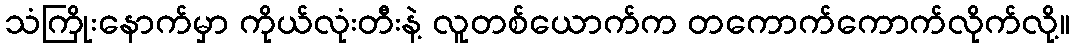
သံကြိုးနောက်မှာ ကိုယ်လုံးတီးနဲ့ လူတစ်ယောက်က တကောက်ကောက်လိုက်လို့။